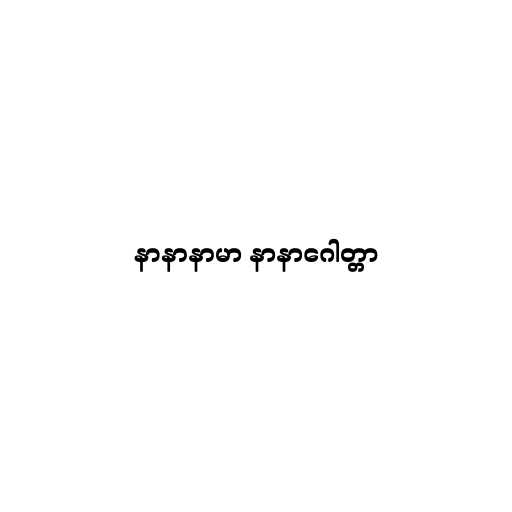
နာနာနာမာ နာနာဂေါတ္တာ